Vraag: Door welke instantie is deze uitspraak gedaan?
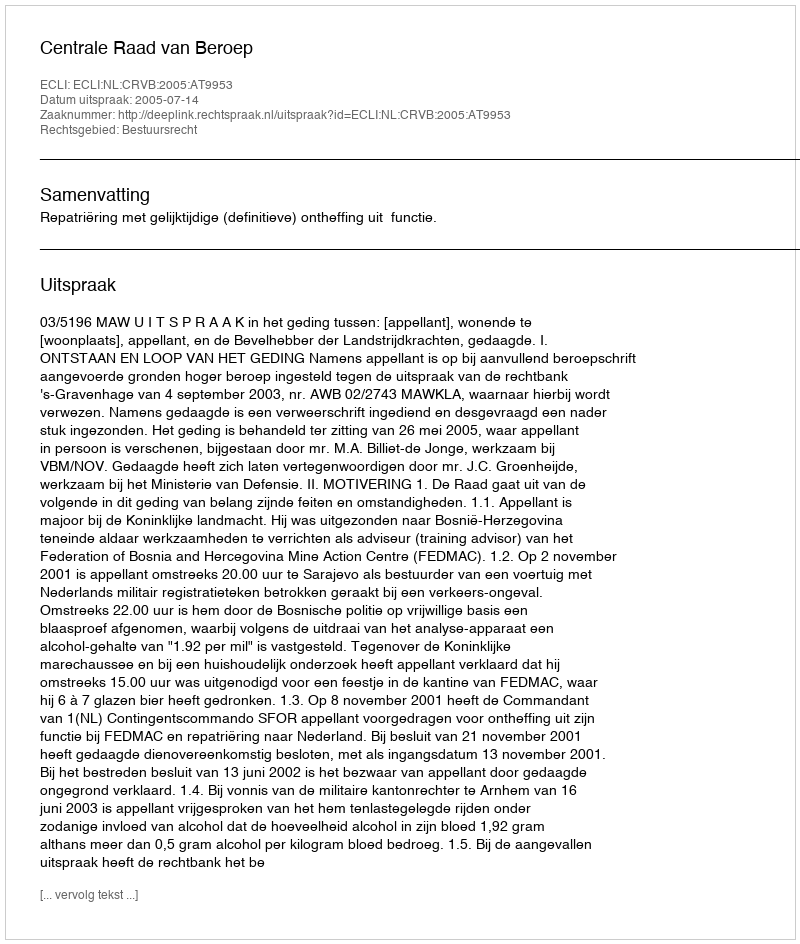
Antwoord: Centrale Raad van Beroep